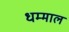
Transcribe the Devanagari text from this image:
धम्माल